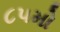
૮૫મો